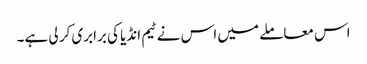
اس معاملے میں اس نے ٹیم انڈیا کی برابری کر لی ہے۔